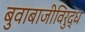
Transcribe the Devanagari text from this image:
बुवाबाजीविरुद्ध